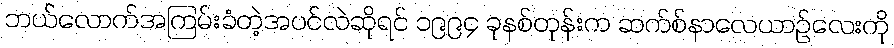
ဘယ်လောက်အကြမ်းခံတဲ့အပင်လဲဆိုရင် ၁၉၉၄ ခုနစ်တုန်းက ဆက်စ်နာလေယာဉ်လေးကို